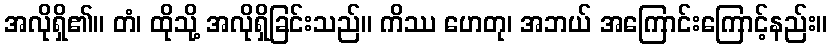
အလိုရှိ၏။ တံ၊ ထိုသို့ အလိုရှိခြင်းသည်။ ကိဿ ဟေတု၊ အဘယ် အကြောင်းကြောင့်နည်း။